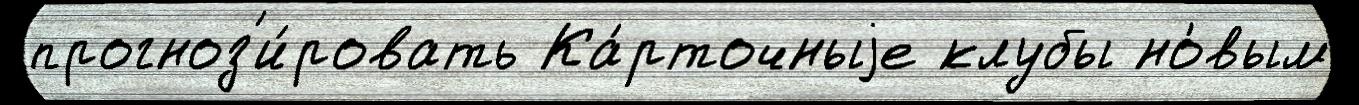
прогноз'и́ровать Ка́рточныjе клубы но́вым